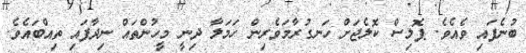
ބުނެފައި ވެއެވެ. ޕޮލިސް ކޮލެޖަށް ހަނގުރާމަވެރިން ހަމަލާ ދިނީ މީހުންތައް ނިދާފައި ތިއްބައެވެ.